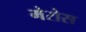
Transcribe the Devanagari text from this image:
मेरोस